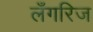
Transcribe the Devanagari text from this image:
लँगरिज